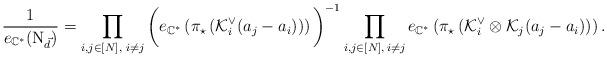
LaTeX: \begin{align*}\frac{1}{e_{\mathbb{C}^*}(\textrm{N}_{\vec d})}=\prod_{i, j\in [N], \,\,i\ne j } \bigg(e_{\mathbb{C}^*}\left(\pi_{\star}\left(\mathcal{K}_i^\vee(a_j-a_{i})\right)\right) \bigg)^{-1}\prod_{i,j\in [N], \,i\ne j}e_{\mathbb{C}^*}\left(\pi_{\star}\left(\mathcal{K}^{\vee}_i \otimes\mathcal{K}_j(a_{j}-a_{i})\right)\right).\end{align*}